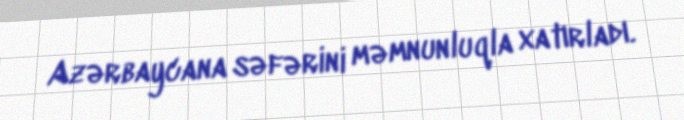
Azərbaycana səfərini məmnunluqla xatırladı.